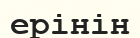
ерінін